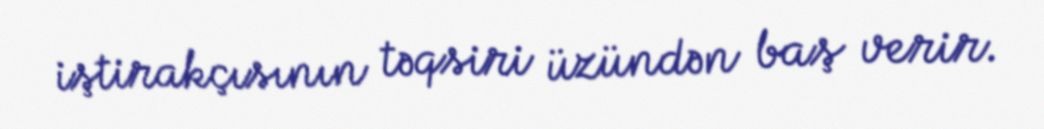
iştirakçısının təqsiri üzündən baş verir.